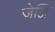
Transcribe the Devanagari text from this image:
जेञ्जि